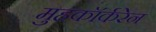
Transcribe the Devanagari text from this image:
मुहकॉर्करेन